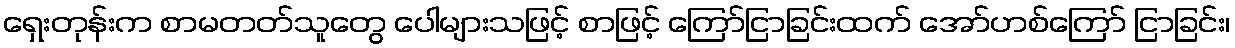
ရှေးတုန်းက စာမတတ်သူတွေ ပေါများသဖြင့် စာဖြင့် ကြော်ငြာခြင်းထက် အော်ဟစ်ကြော် ငြာခြင်း၊